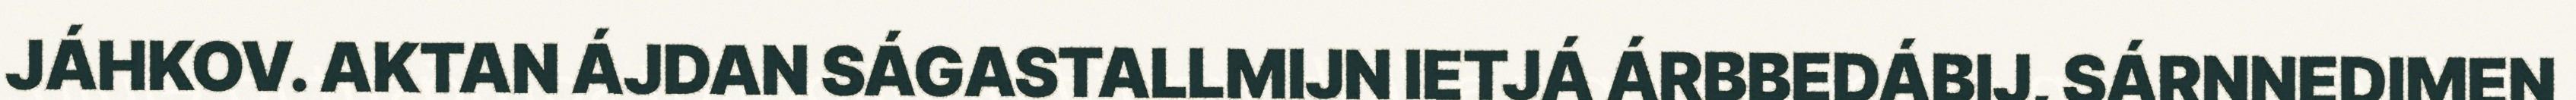
JÁHKOV. AKTAN ÁJDAN SÁGASTALLMIJN IETJÁ ÁRBBEDÁBIJ, SÁRNNEDIMEN